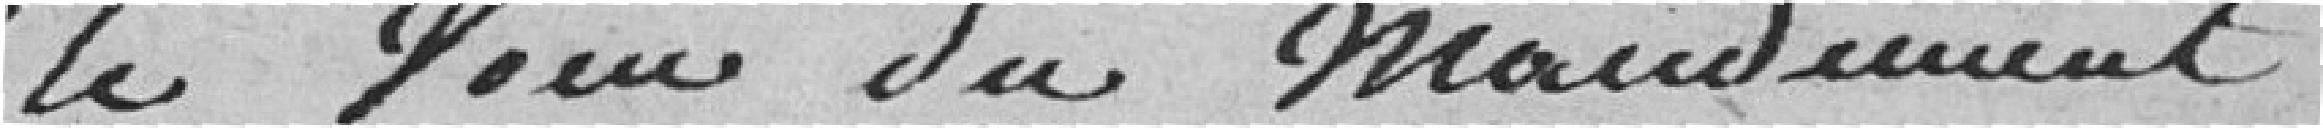
le Voeu du Mandement .